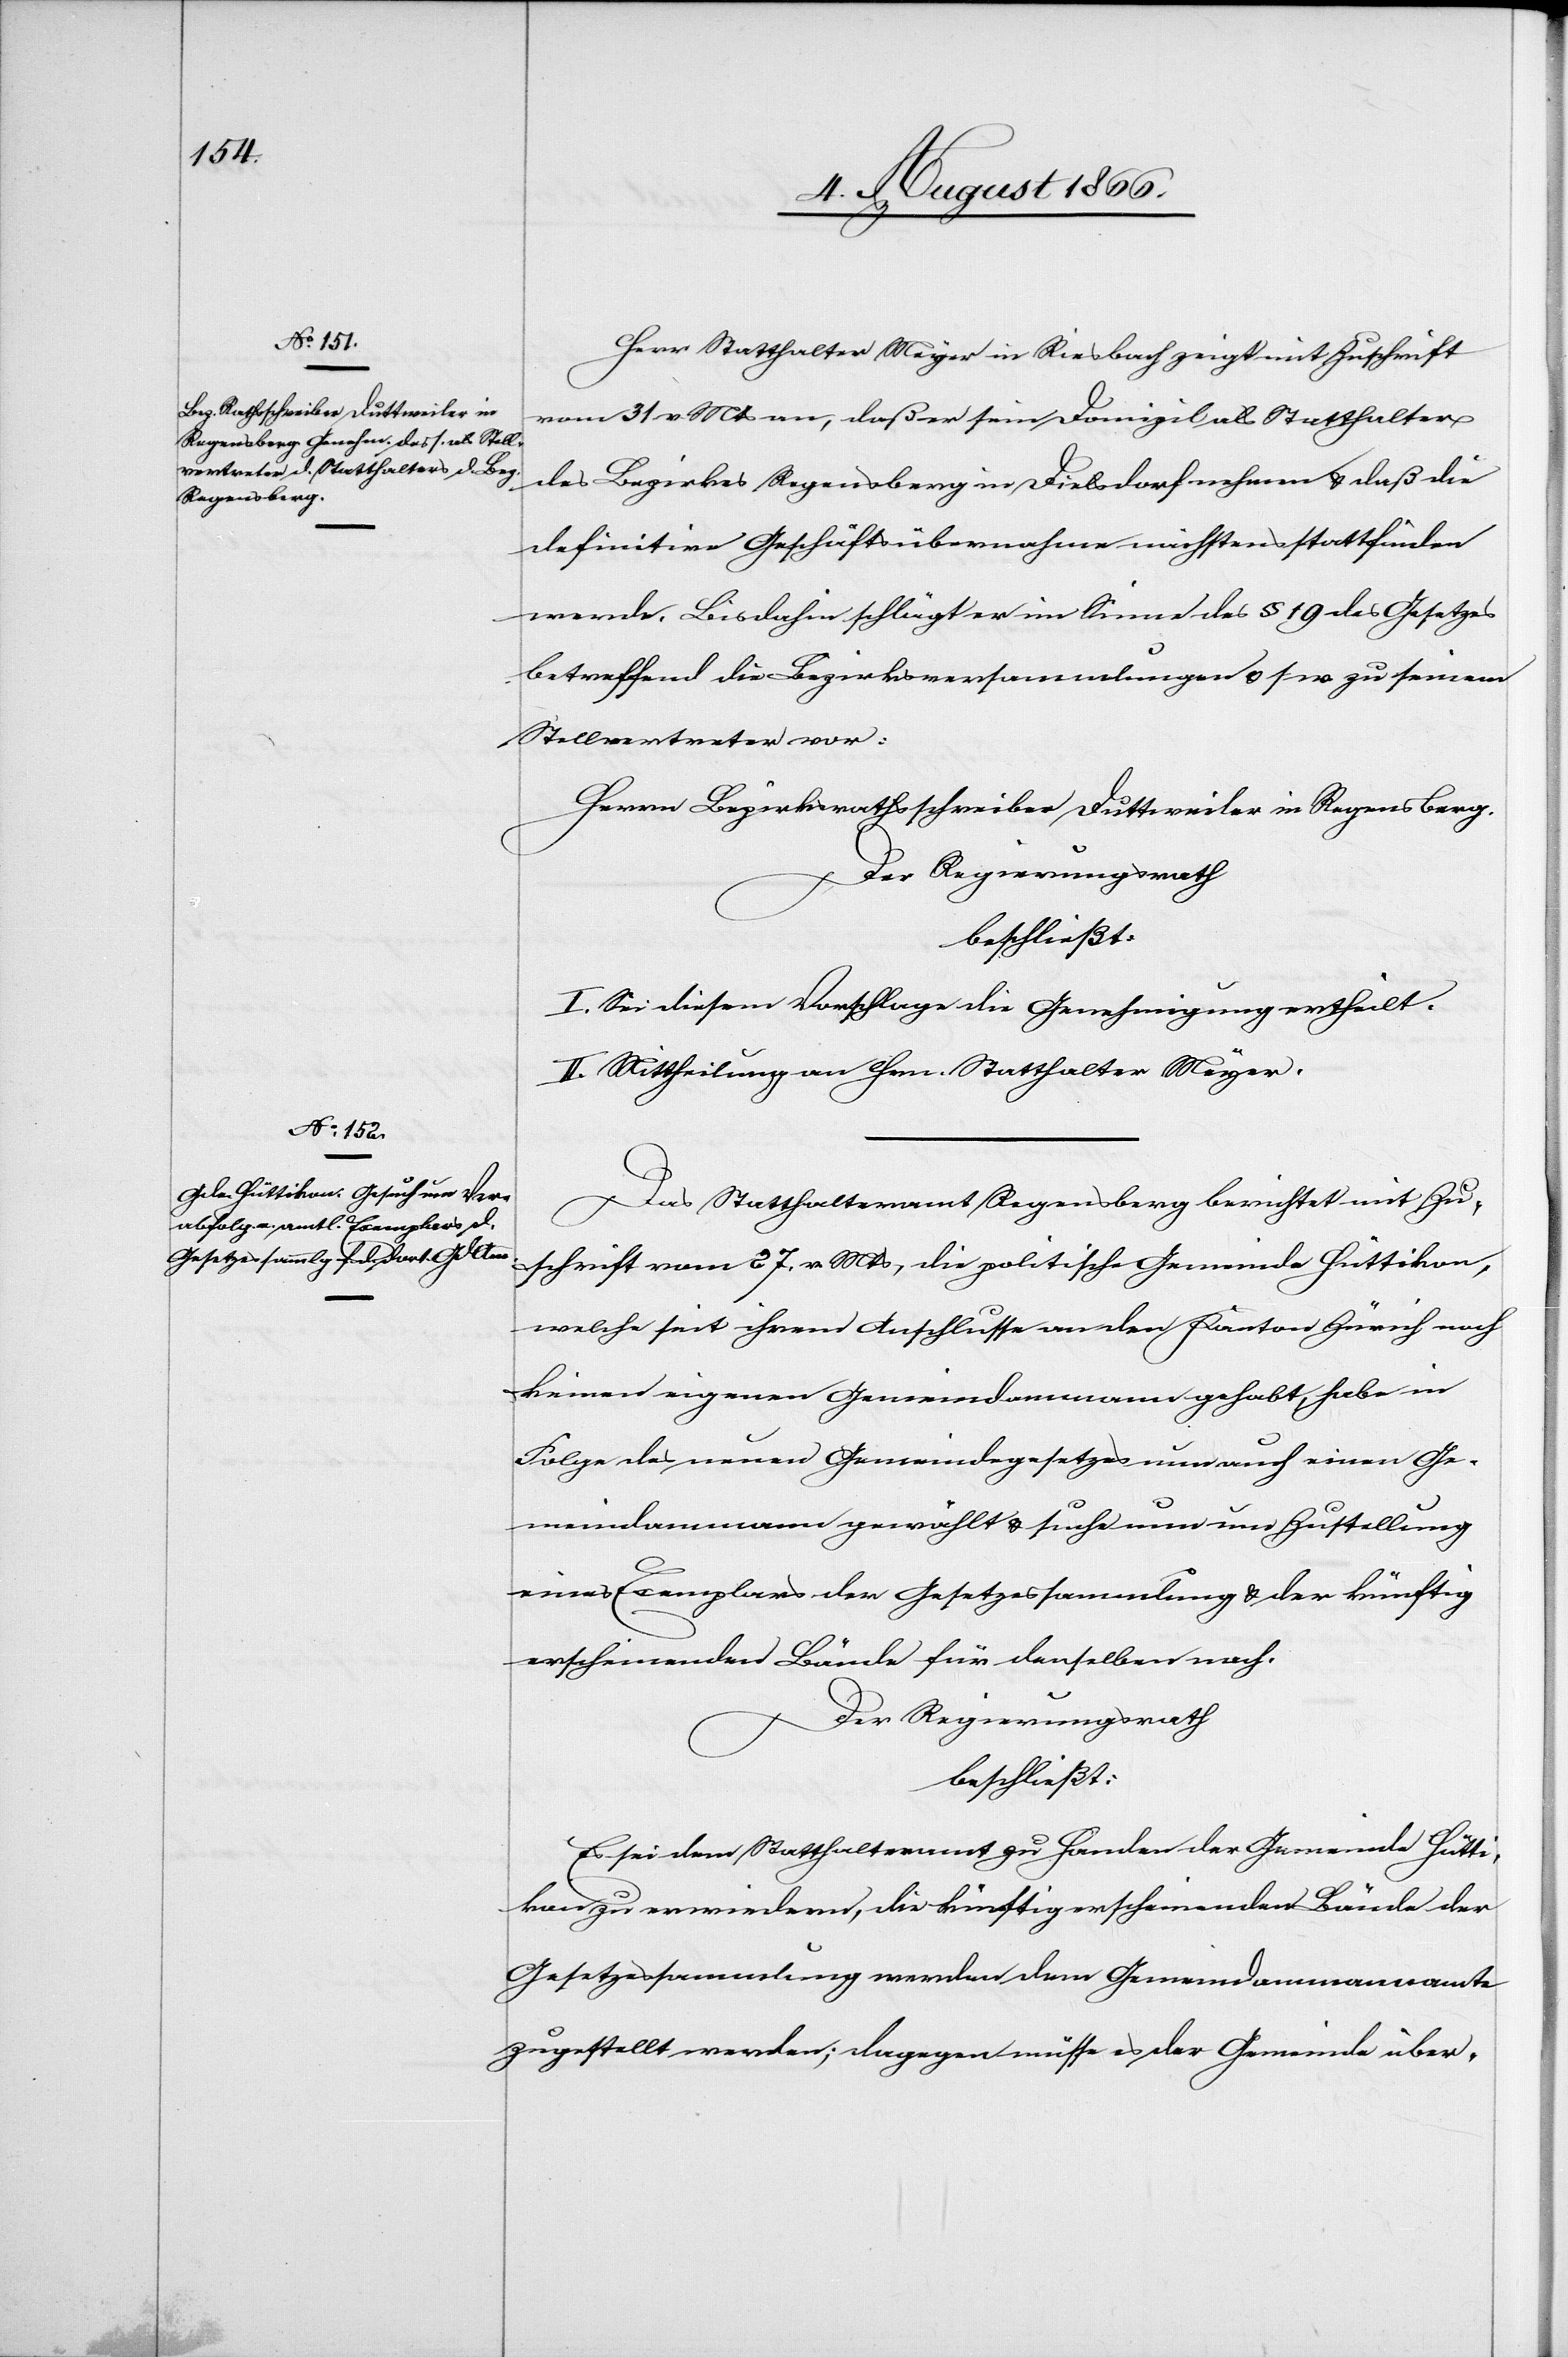
Herr Statthalter Meyer in Riesbach zeigt mit Zuschrift
vom 31. v. Mts. an, daß er sein Domizil als Statthalter
des Bezirks Regensberg in Dielsdorf nehmen u. daß die
definitive Geschäftsübernahme nächstens stattfinden
werde. Bis dahin schlägt er im Sinne des § 19 des Gesetzes
betreffend die Bezirksversammlungen u. s. w. zu einem
Stellvertreter vor:
Herrn Bezirksrathsschreiber Duttweiler in Regensberg.
Der Regierungsrath,
beschließt:
I. Sei diesem Vorschlage die Genehmigung ertheilt.
II. Mittheilung an Hrn. Statthalter Meyer.
Das Statthalteramt Regensberg berichtet mit Zu¬
schrift vom 27. v. Mts., die politische Gemeinde Hüttikon,
welche seit ihrem Anschlusse an den Kanton Zürich noch
keinen eigenen Gemeindammann gehabt, habe in
Folge des neuen Gemeindegesetzes nun auch einen Ge¬
meindammann gewählt u. suche um Zustellung
eines Exemplares der Gesetzessammlung u. der künftig
erscheinenden Bände für denselben nach.
Der Regierungsrath,
beschließt:
Es sei dem Statthalteramte zu Handen der Gemeinde Hütti¬
kon zu erwiedern, die künftig erscheinenden Bände der
Gesetzessammlung werden dem Gemeindammannamte
zugestellt werden; dagegen müsse es der Gemeinde über-